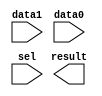
// megafunction wizard: %LPM_MUX%VBB%
// GENERATION: STANDARD
// VERSION: WM1.0
// MODULE: lpm_mux 

// ============================================================
// Megafunction Name(s):
// 			lpm_mux
// ============================================================
// ************************************************************
// THIS IS A WIZARD-GENERATED FILE. DO NOT EDIT THIS FILE!
//
// 4.2 Build 178 01/19/2005 SP 1 SJ Web Edition
// ************************************************************

//Copyright (C) 1991-2005 Altera Corporation
//Any  megafunction  design,  and related netlist (encrypted  or  decrypted),
//support information,  device programming or simulation file,  and any other
//associated  documentation or information  provided by  Altera  or a partner
//under  Altera's   Megafunction   Partnership   Program  may  be  used  only
//to program  PLD  devices (but not masked  PLD  devices) from  Altera.   Any
//other  use  of such  megafunction  design,  netlist,  support  information,
//device programming or simulation file,  or any other  related documentation
//or information  is prohibited  for  any  other purpose,  including, but not
//limited to  modification,  reverse engineering,  de-compiling, or use  with
//any other  silicon devices,  unless such use is  explicitly  licensed under
//a separate agreement with  Altera  or a megafunction partner.  Title to the
//intellectual property,  including patents,  copyrights,  trademarks,  trade
//secrets,  or maskworks,  embodied in any such megafunction design, netlist,
//support  information,  device programming or simulation file,  or any other
//related documentation or information provided by  Altera  or a megafunction
//partner, remains with Altera, the megafunction partner, or their respective
//licensors. No other licenses, including any licenses needed under any third
//party's intellectual property, are provided herein.

module mux1 (
	data1,
	data0,
	sel,
	result);

	input	  data1;
	input	  data0;
	input	  sel;
	output	  result;

endmodule

// ============================================================
// CNX file retrieval info
// ============================================================
// Retrieval info: CONSTANT: LPM_SIZE NUMERIC "2"
// Retrieval info: CONSTANT: LPM_WIDTHS NUMERIC "1"
// Retrieval info: CONSTANT: LPM_WIDTH NUMERIC "1"
// Retrieval info: CONSTANT: LPM_TYPE STRING "LPM_MUX"
// Retrieval info: USED_PORT: result 0 0 0 0 OUTPUT NODEFVAL result
// Retrieval info: USED_PORT: data1 0 0 0 0 INPUT NODEFVAL data1
// Retrieval info: USED_PORT: data0 0 0 0 0 INPUT NODEFVAL data0
// Retrieval info: USED_PORT: sel 0 0 0 0 INPUT NODEFVAL sel
// Retrieval info: CONNECT: result 0 0 0 0 @result 0 0 1 0
// Retrieval info: CONNECT: @data 0 0 1 1 data1 0 0 0 0
// Retrieval info: CONNECT: @data 0 0 1 0 data0 0 0 0 0
// Retrieval info: CONNECT: @sel 0 0 1 0 sel 0 0 0 0
// Retrieval info: LIBRARY: lpm lpm.lpm_components.all
// Retrieval info: GEN_FILE: TYPE_NORMAL mux1.v TRUE
// Retrieval info: GEN_FILE: TYPE_NORMAL mux1.inc FALSE
// Retrieval info: GEN_FILE: TYPE_NORMAL mux1.cmp FALSE
// Retrieval info: GEN_FILE: TYPE_NORMAL mux1.bsf FALSE
// Retrieval info: GEN_FILE: TYPE_NORMAL mux1_inst.v FALSE
// Retrieval info: GEN_FILE: TYPE_NORMAL mux1_bb.v TRUE